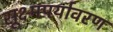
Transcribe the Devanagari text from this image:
सूक्ष्मपर्यावरण